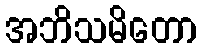
အဘိသမိတော